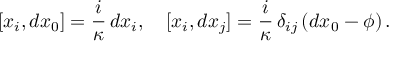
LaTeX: [ x _ { i } , d x _ { 0 } ] = \frac i \kappa \, d x _ { i } , \quad [ x _ { i } , d x _ { j } ] = \frac i \kappa \, \delta _ { i j } \left( d x _ { 0 } - \phi \right) .